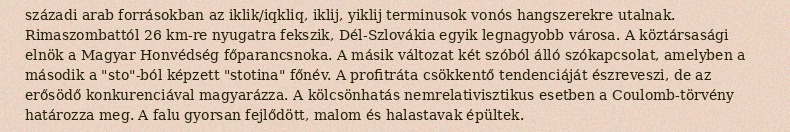
századi arab forrásokban az iklik/iqkliq, iklij, yiklij terminusok vonós hangszerekre utalnak. Rimaszombattól 26 km-re nyugatra fekszik, Dél-Szlovákia egyik legnagyobb városa. A köztársasági elnök a Magyar Honvédség főparancsnoka. A másik változat két szóból álló szókapcsolat, amelyben a második a "sto"-ból képzett "stotina" főnév. A profitráta csökkentő tendenciáját észreveszi, de az erősödő konkurenciával magyarázza. A kölcsönhatás nemrelativisztikus esetben a Coulomb-törvény határozza meg. A falu gyorsan fejlődött, malom és halastavak épültek.